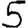
Digit: 5